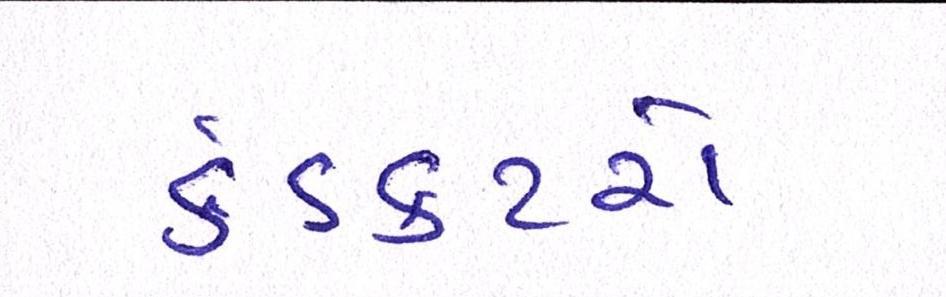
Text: કંડકટરો